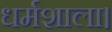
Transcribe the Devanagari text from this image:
धर्मशाला।